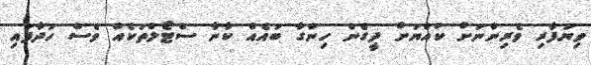
ވިޔަފާރި ވެރިންނަށް ކުއްޔަށް ދީގެން ހިންގާ ބައެއް ކާނާ ސްޓޯލްތަކެއް ވެސް ހަދާފައި